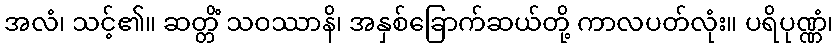
အလံ၊ သင့်၏။ ဆတ္တိံ သဝဿာနိ၊ အနှစ်ခြောက်ဆယ်တို့ ကာလပတ်လုံး။ ပရိပုဏ္ဏံ၊